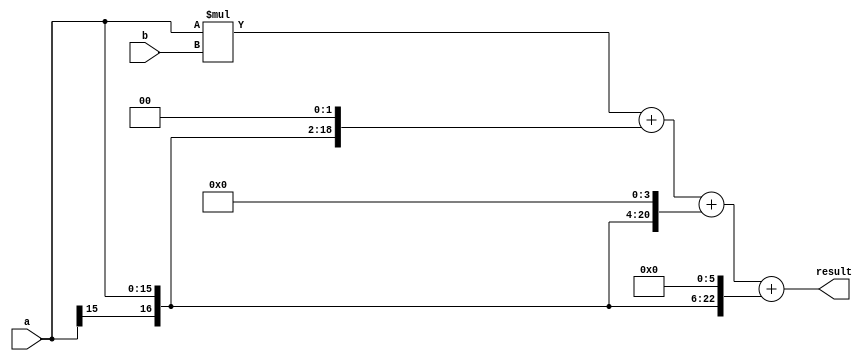
module booth_multiplier(
    input signed [15:0] a,
    input signed [15:0] b,
    output reg signed [31:0] result
);

reg [31:0] partial_products [3:0];
reg signed [31:0] acc;

always @(*) begin
    partial_products[0] = a * b; // initial partial product
    partial_products[1] = {a[15], a} << 1; // shift left
    partial_products[2] = {a[15], a} << 2; // shift left
    partial_products[3] = {a[15], a} << 3; // shift left

    acc = partial_products[0] + (partial_products[1] << 1) + (partial_products[2] << 2) + (partial_products[3] << 3);
end

assign result = acc;

endmodule